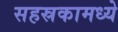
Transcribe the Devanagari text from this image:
सहस्रकामध्ये